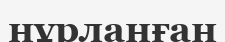
нұрланған